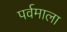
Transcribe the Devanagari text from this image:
पर्वमाला